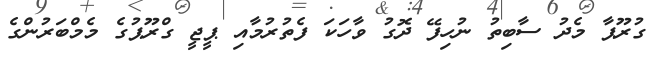
ގުރޫޕާ މެދު ސާބިތު ނުހިފޭ ދޮގު ވާހަކަ ފެތުރުމާއި ޕީޖީ ގްރޫޕުގެ މެމްބަރުންގެ